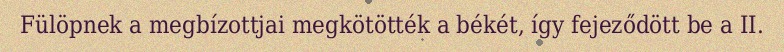
Fülöpnek a megbízottjai megkötötték a békét, így fejeződött be a II.